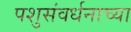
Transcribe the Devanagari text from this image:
पशुसंवर्धनाच्या